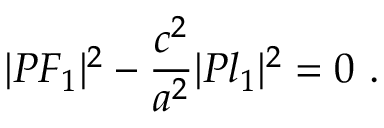
| P F _ { 1 } | ^ { 2 } - { \frac { c ^ { 2 } } { a ^ { 2 } } } | P l _ { 1 } | ^ { 2 } = 0 \ .